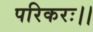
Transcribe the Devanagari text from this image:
परिकरः।।